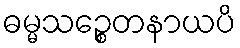
ဓမ္မသဉ္စေတနာယပိ